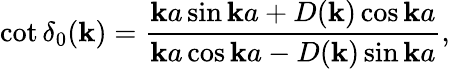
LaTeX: \cot\delta_{0}(\mathbf{k})=\frac{{\mathbf{k}a\sin\mathbf{k}a+D(\mathbf{k})\cos\mathbf{k}a}}{{\mathbf{k}a\cos\mathbf{k}a-D(\mathbf{k})\sin\mathbf{k}a}},